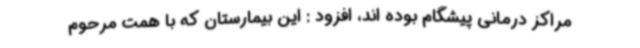
مراکز درمانی پیشگام بوده اند، افزود : این بیمارستان که با همت مرحوم